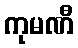
ကုမဏီ